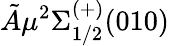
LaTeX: \tilde{A}\mu{}^{2}\Sigma_{1/2}^{(+)}(010)